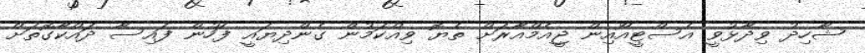
ޝާހިދު ވިދާޅުވީ އެސްޓީއޯއިން ޖީއެމްއާރަށް ތެޔޮ ވިއްކަމުން ގެންދިޔައީ ފަހުން ފައިސާ ދައްކާގޮތަށް